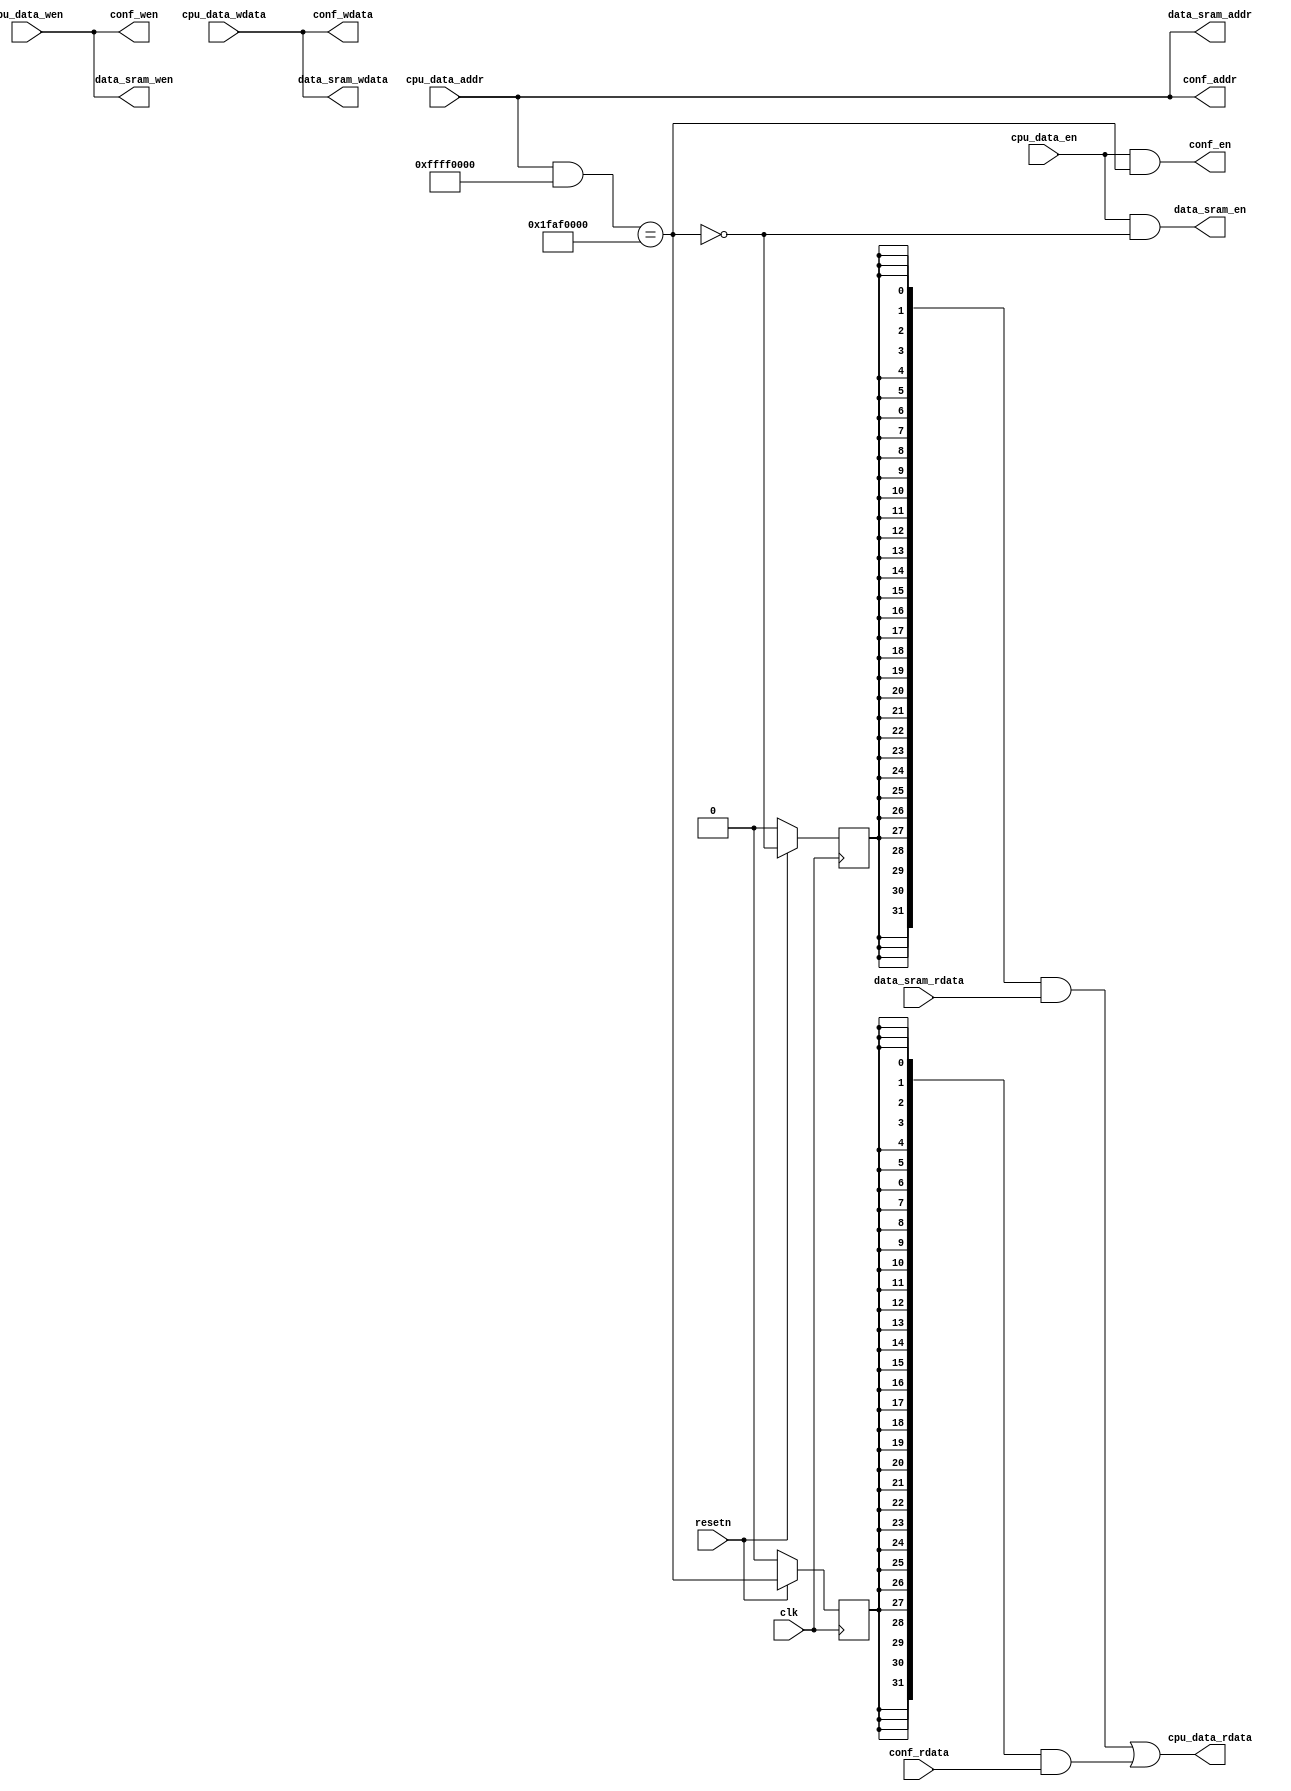
/*------------------------------------------------------------------------------
--------------------------------------------------------------------------------
Copyright (c) 2016, Loongson Technology Corporation Limited.

All rights reserved.

Redistribution and use in source and binary forms, with or without modification,
are permitted provided that the following conditions are met:

1. Redistributions of source code must retain the above copyright notice, this 
list of conditions and the following disclaimer.

2. Redistributions in binary form must reproduce the above copyright notice, 
this list of conditions and the following disclaimer in the documentation and/or
other materials provided with the distribution.

3. Neither the name of Loongson Technology Corporation Limited nor the names of 
its contributors may be used to endorse or promote products derived from this 
software without specific prior written permission.

THIS SOFTWARE IS PROVIDED BY THE COPYRIGHT HOLDERS AND CONTRIBUTORS "AS IS" AND 
ANY EXPRESS OR IMPLIED WARRANTIES, INCLUDING, BUT NOT LIMITED TO, THE IMPLIED 
WARRANTIES OF MERCHANTABILITY AND FITNESS FOR A PARTICULAR PURPOSE ARE 
DISCLAIMED. IN NO EVENT SHALL LOONGSON TECHNOLOGY CORPORATION LIMITED BE LIABLE
TO ANY PARTY FOR DIRECT, INDIRECT, INCIDENTAL, SPECIAL, EXEMPLARY, OR 
CONSEQUENTIAL DAMAGES (INCLUDING, BUT NOT LIMITED TO, PROCUREMENT OF SUBSTITUTE 
GOODS OR SERVICES; LOSS OF USE, DATA, OR PROFITS; OR BUSINESS INTERRUPTION) 
HOWEVER CAUSED AND ON ANY THEORY OF LIABILITY, WHETHER IN CONTRACT, STRICT 
LIABILITY, OR TORT (INCLUDING NEGLIGENCE OR OTHERWISE) ARISING IN ANY WAY OUT OF
THE USE OF THIS SOFTWARE, EVEN IF ADVISED OF THE POSSIBILITY OF SUCH DAMAGE.
--------------------------------------------------------------------------------
------------------------------------------------------------------------------*/

//*************************************************************************
//   > File Name   : bridge_1x2.v
//   > Description : bridge between cpu_data and data ram, confreg
//   
//     master:    cpu_data
//                   |  \
//     1 x 2         |   \  
//     bridge:       |    \                    
//                   |     \       
//     slave:   data_ram  confreg
//
//   > Author      : LOONGSON
//   > Date        : 2017-08-04
//*************************************************************************
`define CONF_ADDR_BASE 32'h1faf_0000
`define CONF_ADDR_MASK 32'hffff_0000
module bridge_1x2(                                 
    input                           clk,          // clock 
    input                           resetn,       // reset, active low
    // master : cpu data
    input                           cpu_data_en,      // cpu data access enable
    input  [3                   :0] cpu_data_wen,     // cpu data write byte enable
    input  [31                  :0] cpu_data_addr,    // cpu data address
    input  [31                  :0] cpu_data_wdata,   // cpu data write data
    output [31                  :0] cpu_data_rdata,   // cpu data read data
    // slave : data ram 
    output                          data_sram_en,     // access data_sram enable
    output [3                   :0] data_sram_wen,    // write enable 
    output [31                  :0] data_sram_addr,   // address
    output [31                  :0] data_sram_wdata,  // data in
    input  [31                  :0] data_sram_rdata,  // data out
    // slave : confreg 
    output                          conf_en,          // access confreg enable 
    output [3                   :0] conf_wen,         // access confreg enable 
    output [31                  :0] conf_addr,        // address
    output [31                  :0] conf_wdata,       // write data
    input  [31                  :0] conf_rdata        // read data
);
    wire sel_sram;  // cpu data is from data ram
    wire sel_conf;  // cpu data is from confreg

    reg sel_sram_r; // reg of sel_dram 
    reg sel_conf_r; // reg of sel_conf 

    assign sel_conf = (cpu_data_addr & `CONF_ADDR_MASK) == `CONF_ADDR_BASE;
    assign sel_sram = !sel_conf;

    // data sram
    assign data_sram_en    = cpu_data_en & sel_sram;
    assign data_sram_wen   = cpu_data_wen;
    assign data_sram_addr  = cpu_data_addr;
    assign data_sram_wdata = cpu_data_wdata;

    // confreg
    assign conf_en    = cpu_data_en & sel_conf;
    assign conf_wen   = cpu_data_wen;
    assign conf_addr  = cpu_data_addr;
    assign conf_wdata = cpu_data_wdata;

    always @ (posedge clk)
    begin
        if (!resetn)
        begin
            sel_sram_r <= 1'b0;
            sel_conf_r <= 1'b0;
        end
        else
        begin
            sel_sram_r <= sel_sram;
            sel_conf_r <= sel_conf;
        end
    end

    assign cpu_data_rdata = {32{sel_sram_r}} & data_sram_rdata
                          | {32{sel_conf_r}} & conf_rdata;

endmodule